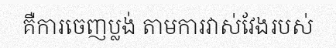
គឺការចេញប្លង់ តាមការវាស់វែងរបស់